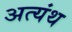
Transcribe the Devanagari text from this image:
अत्यंथ